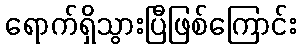
ရောက်ရှိသွားပြီဖြစ်ကြောင်း